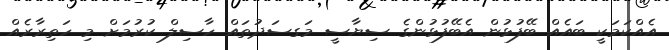
އެއްކަމަކީ ބައެއް ބޭފުޅުން އެބޭފުޅުންގެ ސިޔާސީ މަގސަދުތައް ހާސިލް ކުރުމަށް މި ހަތިރާރެއް